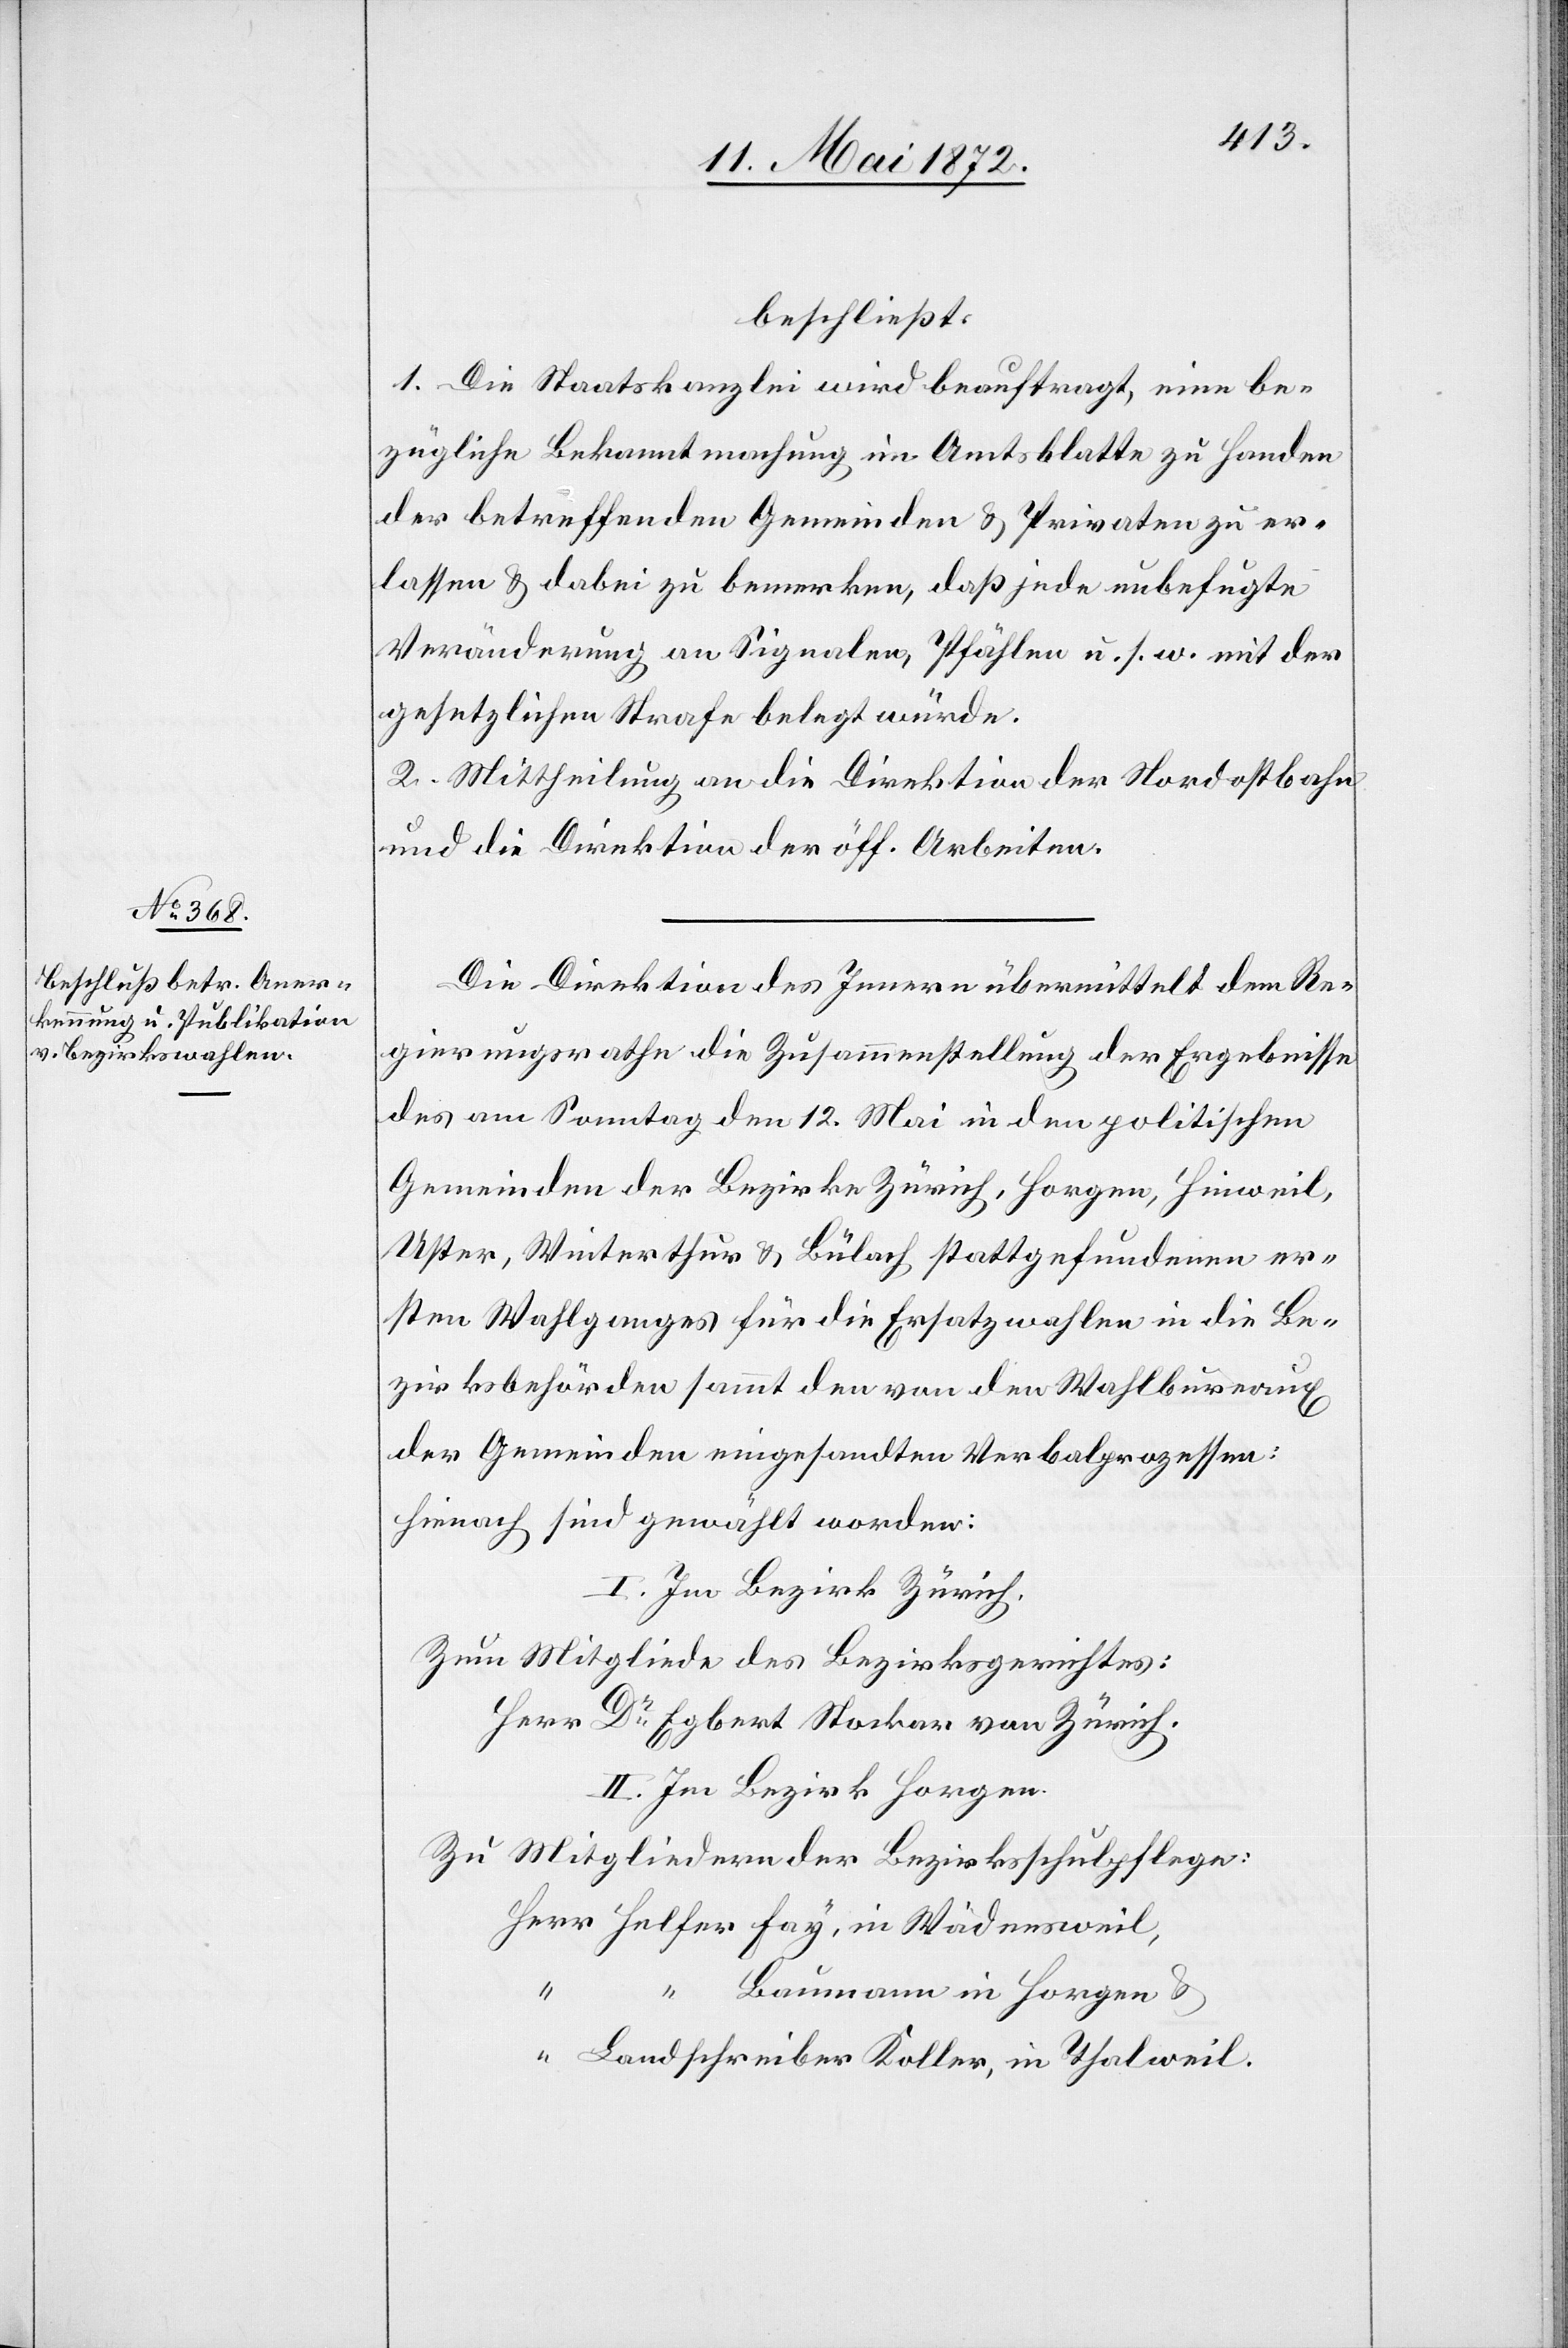
15. Mai 1872.]
beschließt:
1. Die Staatskanzlei wird beauftragt, eine be¬
zügliche Bekanntmachung im Amtsblatte zu Handen
der betreffenden Gemeinden u. Privaten zu er¬
lassen u. dabei zu bemerken, daß jede unbefugte
Veränderung an Signalen, Pfählen u. s. w. mit der
gesetzlichen Strafe belegt würde.
2. Mittheilung an die Direktion der Nordostbahn
und die Direktion der öff. Arbeiten.
Die Direktion des Innern übermittelt dem Re¬
gierungsrathe die Zusammenstellung der Ergebnisse
des am Sonntag den 12. Mai in den politischen
Gemeinden der Bezirke Zürich, Horgen, Hinweil,
Uster, Winterthur u. Bülach stattgefundenen er¬
sten Wahlganges für die Ersatzwahlen in die Be¬
zirksbehörden sammt den von den Wahlbureaux
der Gemeinden eingesandten Verbalprozessen:
Hienach sind gewählt worden:
I. Im Bezirk Zürich,
Zum Mitgliede des Bezirksgerichtes:
Herr Dr Egbert Stocker von Zürich.
II. Im Bezirk Horgen,
Zu Mitgliedern der Bezirksschulpflege:
“
Koller, in
Baumann in Horgen u.